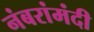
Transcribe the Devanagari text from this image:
नंबरांमंदी